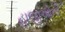
હાજીઓની